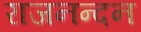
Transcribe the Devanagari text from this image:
राजनन्दन